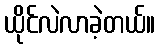
ယိုင်လဲလာခဲ့တယ်။